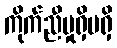
ကိုက်ညီမှုရှိမရှိ